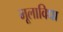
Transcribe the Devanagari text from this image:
मूलाविधा